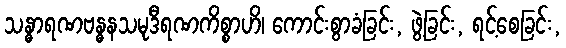
သန္ဓာရဏဗန္ဓနသမုဒီရဏကိစ္စာဟိ၊ ကောင်းစွာခံခြင်း, ဖွဲ့ခြင်း, ရင့်စေခြင်း,